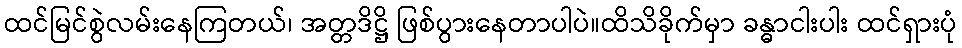
ထင်မြင်စွဲလမ်းနေကြတယ်၊ အတ္တဒိဋ္ဌိ ဖြစ်ပွားနေတာပါပဲ။ထိသိခိုက်မှာ ခန္ဓာငါးပါး ထင်ရှားပုံ